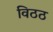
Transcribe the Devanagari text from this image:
विठठ